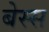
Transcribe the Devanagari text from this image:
बेस्स